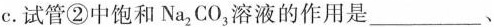
C.试管②中饱和Na2CO，溶液的作用是___